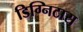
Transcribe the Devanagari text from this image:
डिग्निटास